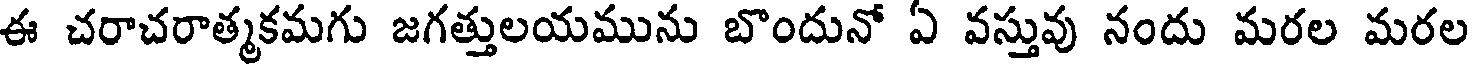
ఈ చరాచరాత్మకమగు జగత్తులయమును బొందునో ఏ వస్తువు నందు మరల మరల